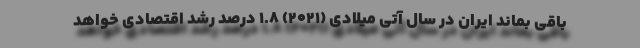
باقی بماند ایران در سال آتی میلادی (2021) 1.8 درصد رشد اقتصادی خواهد